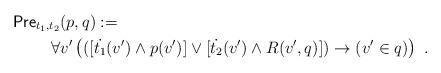
LaTeX: \begin{align*}& \mathsf{Pre}_{t_1,t_2}(p,q) := \\ &~~~~~~~ \forall v' \left( ([\dot{t_1}(v') \wedge p(v')] \vee [\dot{t_2}(v') \wedge R(v',q)]) \to (v' \in q) \right)~.\end{align*}